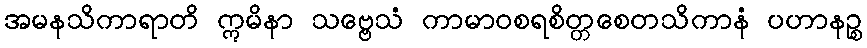
အမနသိကာရာတိ ဣမိနာ သဗ္ဗေသံ ကာမာဝစရစိတ္တစေတသိကာနံ ပဟာနဉ္စ